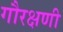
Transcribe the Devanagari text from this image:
गौरक्षणी